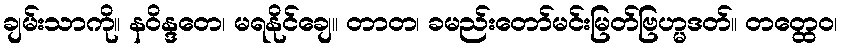
ချမ်းသာကို။ နဝိန္ဒတေ၊ မရနိုင်ချေ။ တာတ၊ ခမည်းတော်မင်းမြတ်ဗြဟ္မဒတ်။ တတ္ထေဝ၊